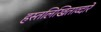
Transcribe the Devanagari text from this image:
हस्तलिखिताव्दारे